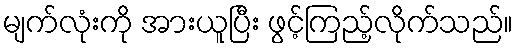
မျက်လုံးကို အားယူပြီး ဖွင့်ကြည့်လိုက်သည်။